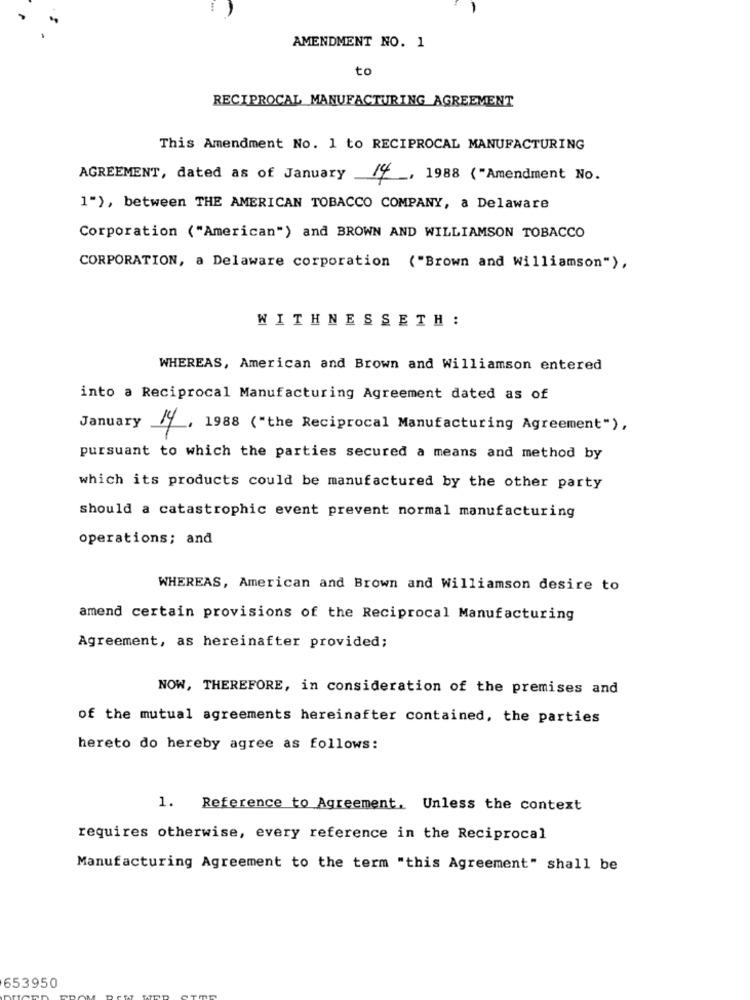
AMENDMENT NO. 1
to
RECIPROCAL MANUFACTURING AGREEMENT
This Amendment No. 1 to RECIPROCAL MANUFACTURING
AGREEMENT, dated as of January
14, 1988 ("Amendment No.
1"), between THE AMERICAN TOBACCO COMPANY, a Delaware
Corporation ("American") and BROWN AND WILLIAMSON TOBACCO
CORPORATION, a Delaware corporation ("Brown and Williamson"),
WITHNESSETH :
WHEREAS, American and Brown and Williamson entered
into a Reciprocal Manufacturing Agreement dated as of
January
14 . 1988 ("the Reciprocal Manufacturing Agreement"),
pursuant to which the parties secured a means and method by
which its products could be manufactured by the other party
should a catastrophic event prevent normal manufacturing
operations; and
WHEREAS, American and Brown and Williamson desire to
amend certain provisions of the Reciprocal Manufacturing
Agreement, as hereinafter provided;
NOW, THEREFORE, in consideration of the premises and
of the mutual agreements hereinafter contained, the parties
hereto do hereby agree as follows:
1. Reference to Agreement. Unless the context
requires otherwise, every reference in the Reciprocal
Manufacturing Agreement to the term "this Agreement" shall be
653950